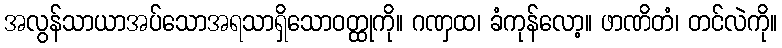
အလွန်သာယာအပ်သောအရသာရှိသောဝတ္ထုကို။ ဂဏှထ၊ ခံကုန်လော့။ ဖာဏိတံ၊ တင်လဲကို။